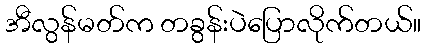
အီလွန်မတ်က တခွန်းပဲပြောလိုက်တယ်။